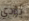
يؤدي